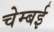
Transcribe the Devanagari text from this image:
चेम्बई